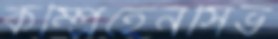
কম্প্রিহেনসিভ